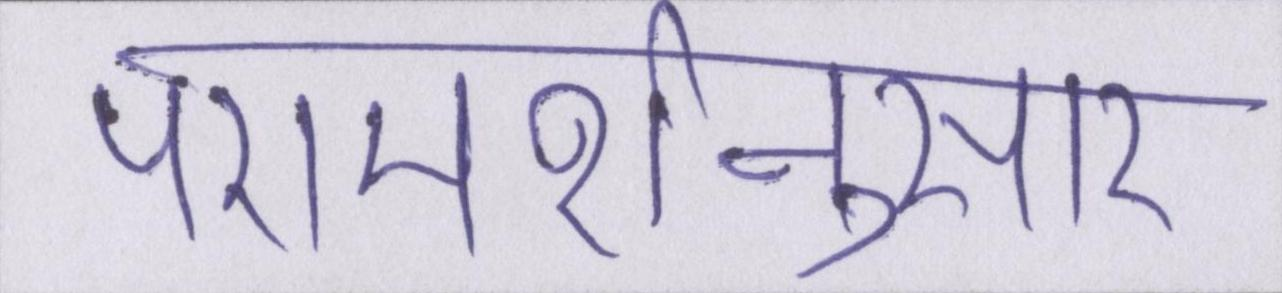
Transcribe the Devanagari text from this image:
परामर्शनुसार